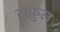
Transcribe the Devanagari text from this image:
सकुल